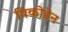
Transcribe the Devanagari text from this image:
विकोडेन